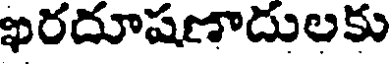
ఖరదూషణాదులకు